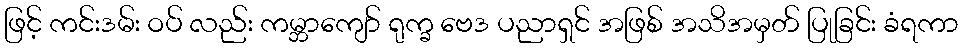
ဖြင့် ကင်းဒမ်း ဝပ် လည်း ကမ္ဘာကျော် ရုက္ခ ဗေဒ ပညာရှင် အဖြစ် အသိအမှတ် ပြုခြင်း ခံရကာ